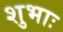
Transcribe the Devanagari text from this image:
शुभाः